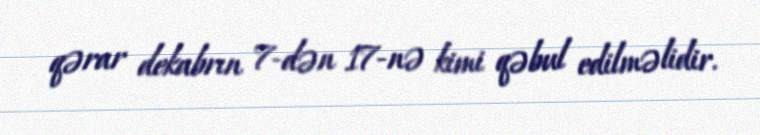
qərar dekabrın 7-dən 17-nə kimi qəbul edilməlidir.